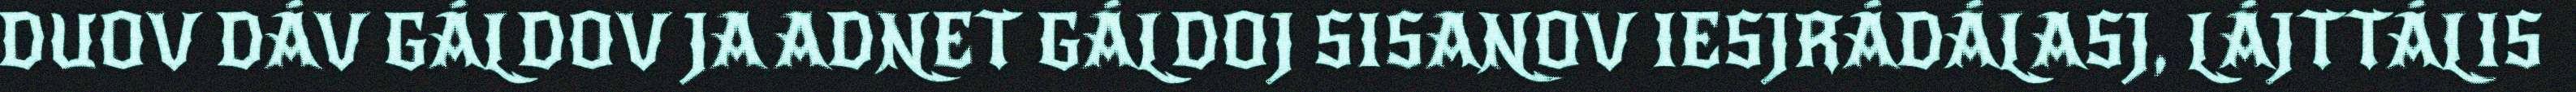
DUOV DÁV GÁLDOV JA ADNET GÁLDOJ SISANOV IESJRÁDÁLASJ, LÁJTTÁLIS